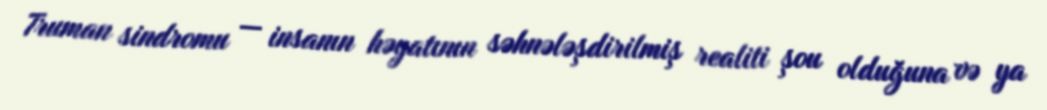
Truman sindromu — insanın həyatının səhnələşdirilmiş realiti şou olduğuna və ya